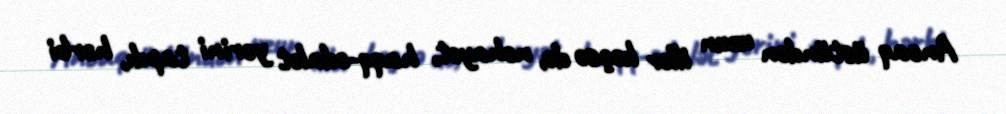
Ancaq üstündən uzun illər keçsə də, nəhayət, haqq-ədalət yerini tapdı, hərbi